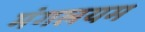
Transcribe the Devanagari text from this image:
मंगलयम